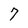
Character: 7